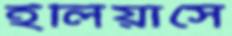
ইলিয়াসে